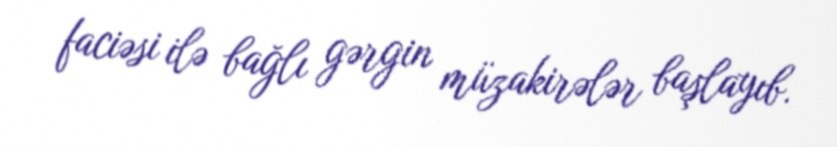
faciəsi ilə bağlı gərgin müzakirələr başlayıb.